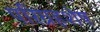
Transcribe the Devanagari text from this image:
परिग्रहशेष